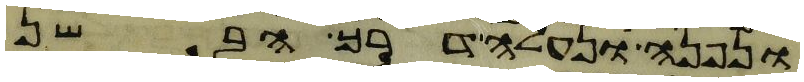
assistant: ונפנה ונעלה דרך הבשן